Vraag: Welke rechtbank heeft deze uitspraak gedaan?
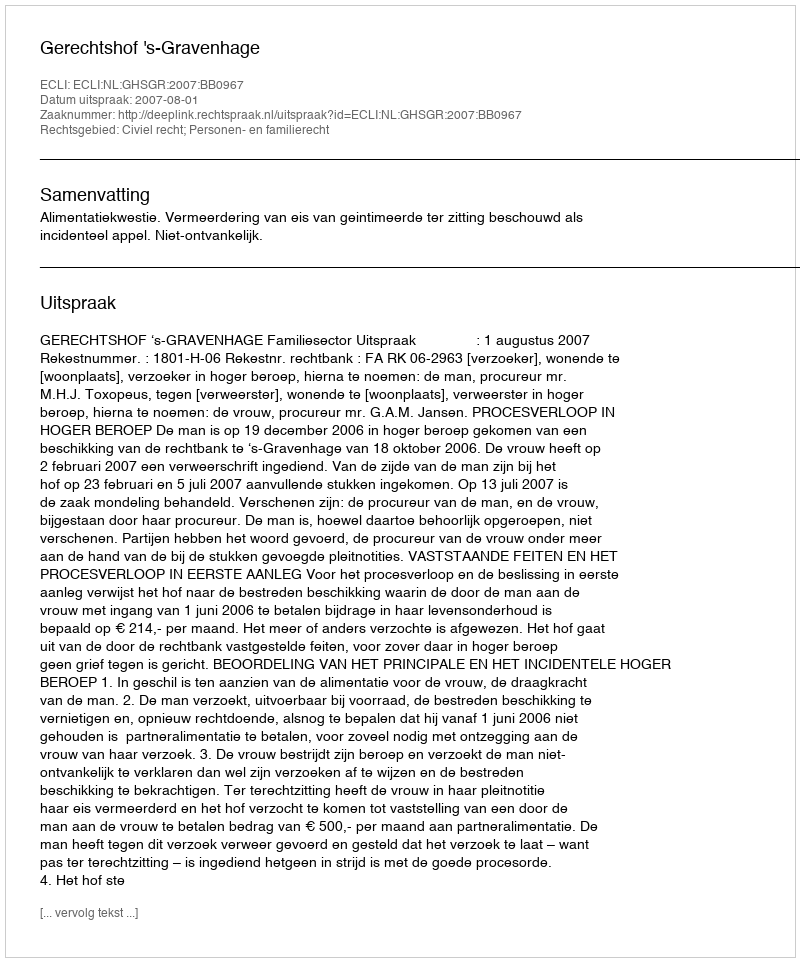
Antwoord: Gerechtshof 's-Gravenhage